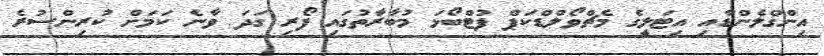
އިންގްލެންޑާއި އިޓަލީގެ މެޗްވޯލްޑްކަޕް ފުޓްބޯޅަ މުބާރާތުގައި ފޯރި ގަދަ ވާނެ ކަމަށް ކުރިންސުރެ